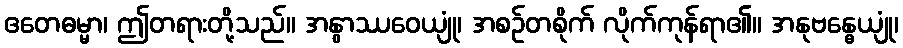
ဧတေဓမ္မာ၊ ဤတရားတို့သည်။ အနွာဿဝေယျုံ၊ အစဉ်တစိုက် လိုက်ကုန်ရာ၏။ အနုဗန္ဓေယျုံ၊